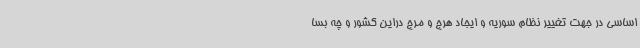
اساسی در جهت تغییر نظام سوریه و ایجاد هرج و مرج دراین کشور و چه بسا